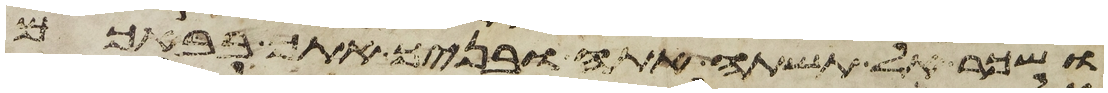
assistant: ושכר אל תשתה אתה ובניך אתך בבאכם